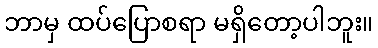
ဘာမှ ထပ်ပြောစရာ မရှိတော့ပါဘူး။